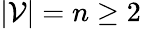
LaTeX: |\mathcal{V}|=n\ge 2